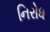
નિરોધ